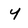
Character: Y